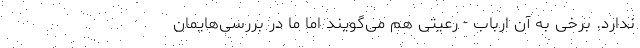
ندارد. برخی به آن ارباب - رعیتی هم می‌گویند اما ما در بررسی‌هایمان